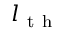
l _ { \mathrm { ~ t ~ h ~ } }